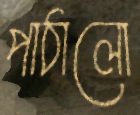
পাঠালো